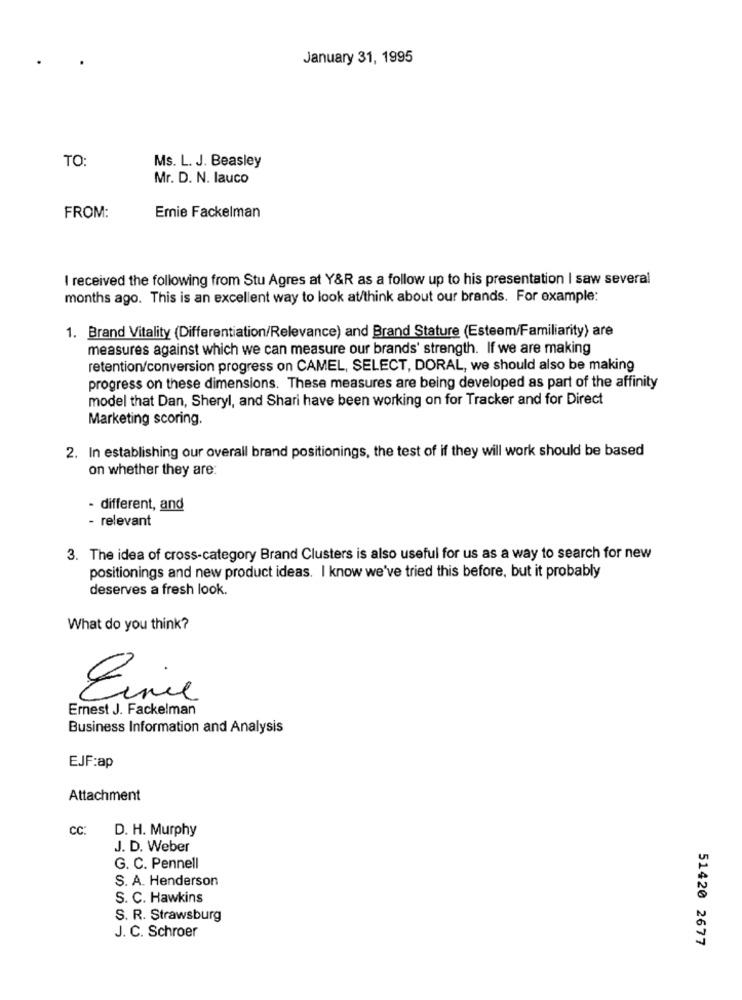
January 31, 1995
TO:
Ms. L. J. Beasley
Mr. D. N. lauco
FROM:
Emie Fackelman
I received the following from Stu Agres at Y&R as a follow up to his presentation I saw several
months ago. This is an excellent way to look at/think about our brands. For example:
1. Brand Vitality (Differentiation/Relevance) and Brand Stature (Esteem/Familiarity) are
measures against which we can measure our brands' strength. If we are making
retention/conversion progress on CAMEL, SELECT, DORAL, we should also be making
progress on these dimensions. These measures are being developed as part of the affinity
model that Dan, Sheryl, and Shari have been working on for Tracker and for Direct
Marketing scoring.
2. In establishing our overall brand positionings, the test of if they will work should be based
on whether they are:
- different, and
- relevant
3. The idea of cross-category Brand Clusters is also useful for us as a way to search for new
positionings and new product ideas. I know we've tried this before, but it probably
deserves a fresh look.
What do you think?
Eine
Ernest J. Fackelman
Business Information and Analysis
EJF:ap
Attachment
cc:
D. H. Murphy
J. D. Weber
G. C. Pennell
S. A. Henderson
S. C. Hawkins
S. R. Strawsburg
J. C. Schroer
51420 2677